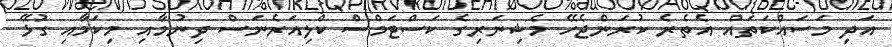
އަދި މަސައްކަތައް އެތެރެ ކުރަންޖެހޭ މެޝިނަރިގެ ކަސްޓަމްސް ކްލިއަރެނަސް ދިނުމާއި މިކަމާއި ގުޅޭ